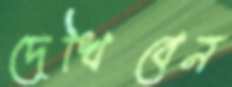
দেখিবেন